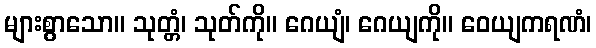
များစွာသော။ သုတ္တံ၊ သုတ်ကို။ ဂေယျံ၊ ဂေယျကို။ ဝေယျကရဏံ၊